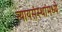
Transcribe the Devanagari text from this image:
न्यायसंस्थांमध्ये